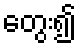
တွေး၍